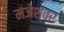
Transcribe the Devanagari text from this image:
मंजेश्वर